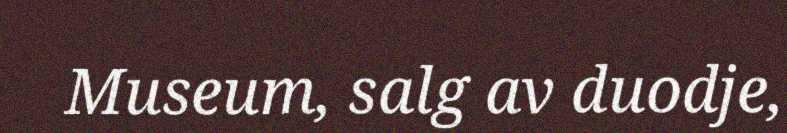
Museum, salg av duodje,